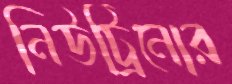
নিউট্রিনোর